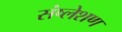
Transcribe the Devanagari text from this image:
संष्लेशण